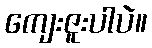
ကျေးဇူးပါပဲ။